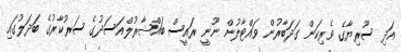
އަދި ސޫރިޔާގެ ވެރިކަން ގަދަބާރުން ވައްޓާލުން ނޫނީ ރައީސް ބައްޝާރުލްއަސަދުގެ ސަރުކާރުގެ ބަދަލުގައި